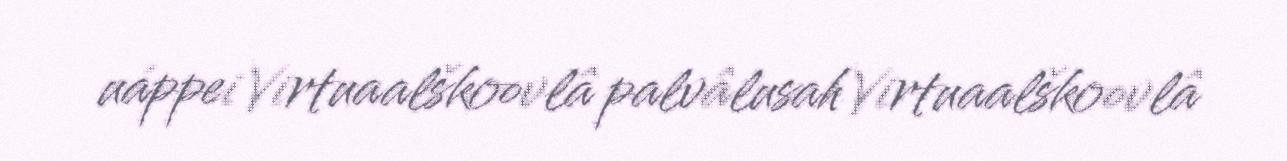
uáppei Virtuaalškoovlâ palvâlusah Virtuaalškoovlâ